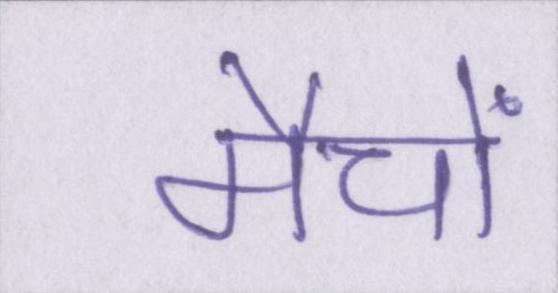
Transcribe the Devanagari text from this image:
मैचों